Annual administration report of the Civil Veterinary Department of India - 1893-1894
Year: 1893
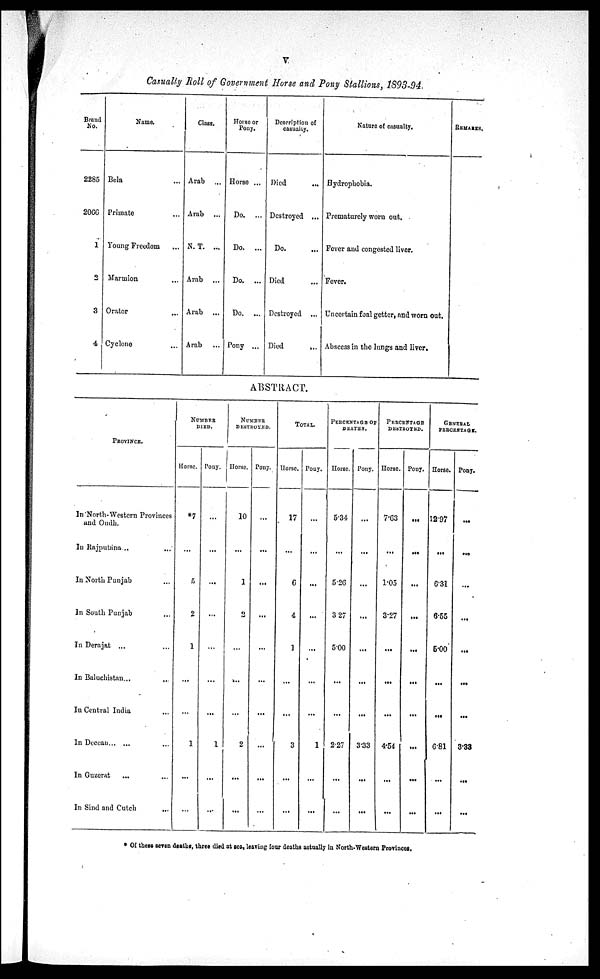
v
Casualty Roll of Government Horse and Pony Stallions, 1893-94.
Brand
No.
2285
2066
1
2
3
4
Name.
Bela ...
Primate ...
Young Freedom ...
Mavmion ...
Orator ...
Cyclone ...
Class.
Arab ...
Arab ...
N. T. ...
Arab
...
Arab ...
Arab ...
Horse or
Pony.
Horse ...
Do.
...
Do.
...
Do.
...
Do.
...
Pony ...
Description of
casualty.
Died ...
Destroyed ...
Do. ...
Died ...
Destroyed
...
Died ...
Nature of casualty.
Hydrophobia.
Prematurely worn out.
Fever and congested liver.
Fever.
Uncertain foal getter, and worn out.
Abscess in the lungs and liver.
REMARKS.
ABSTRACT.
PROVINCE.
In North-Western Provinces
and Oudh.
In Rajputana... ...
In North Punjab
In South Punjab ...
In Derajat ...
In Baluchistan...
...
In Central India ...
In
Deccan
In Guzerat
... ...
In Sind and Cutch ...
NUMBER
DIED.
Horse.
*7
...
5
2
...
...
...
1
...
...
Pony.
...
...
...
...
...
...
...
1
...
...
NUMBER
DESTROYED.
Horse.
10
...
1
2
...
...
...
2
...
...
Pony.
...
...
...
...
...
...
...
...
...
...
TOTAL.
Horse.
17
...
6
4
1
...
...
3
...
...
Pony.
...
...
...
...
...
...
...
1
...
...
PERCENTAGE OF
DEATHS.
Horse.
5.34
...
5.26
3 27
5.00
...
...
2.27
...
...
Pony.
...
...
...
...
...
...
...
3.33
...
...
PERCENTAGE OF
DESTROYED.
Horse.
7.63
...
1.05
3.27
...
...
...
4.54
...
...
Pony.
...
...
...
...
...
...
...
...
...
...
GENERAL
PERCENTAGE.
Horse.
12.97
...
6.31
6.55
5.00
...
...
6.81
...
...
Pony.
...
...
...
...
...
...
...
3.33
...
...
* Of these seven deaths, three died at sea, leaving four deaths actually in North-Western Provinces.